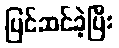
ပြင်ဆင်ခဲ့ပြီး